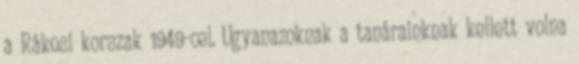
a Rákosi korszak 1949-cel. Ugyanazoknak a tanárainknak kellett volna